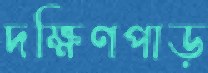
দক্ষিণপাড়